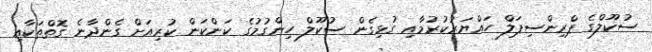
ސުކޫލްގެ ޕްރިންސިޕަލް ހައްޔަރުކުރުމާއި ގުޅިގެން ސުކޫލް ހިންގުމުގެ ކަންކަން ކުރިއަށް ގެންދާނެ ގޮތްތަކާއި